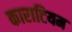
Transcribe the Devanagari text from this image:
काराटियम